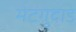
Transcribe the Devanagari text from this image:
मेटगुदाड